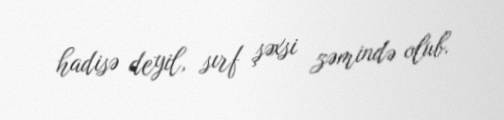
hadisə deyil, sırf şəxsi zəmində olub.